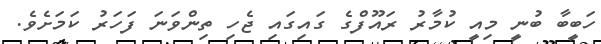
ހަބީބާ ބުނީ މިއީ ކުމާރު ރައޫފްގެ ގައިގައި ޖެހި ތިންވަނަ ފަހަރު ކަމަށެވެ.